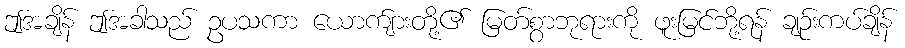
ဤအချိန် ဤအခါသည် ဥပသကာ ယောက်ျားတို့၏ မြတ်စွာဘုရားကို ဖူးမြင်ဘို့ရန် ချဉ်းကပ်ချိန်